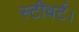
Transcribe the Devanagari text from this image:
स्टीवर्ट।